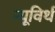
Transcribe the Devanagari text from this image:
न्यूविर्थ